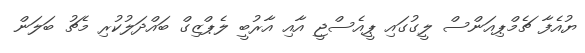
ޔުއެފާ ޗެމްޕިއަންސް ލީގުގައި ޕީއެސްޖީ އާއި އާރުބީ ލެޕްޒިގް ބައްދަލުކުރި މެޗު ބަލަން